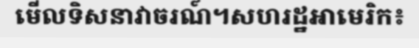
មើលទិសនាវាចរណ៍។សហរដ្ឋអាមេរិក៖